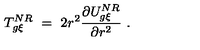
T _ { g \xi } ^ { N R } \ = \ 2 r ^ { 2 } \frac { \partial U _ { g \xi } ^ { N R } } { \partial r ^ { 2 } } \ .